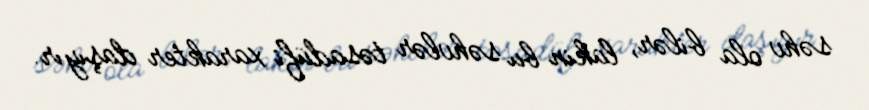
səhv ola bilər, lakin bu səhvlər təsadüfi xarakter daşıyır.